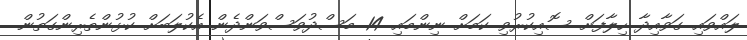
ލައްވައި ގަވާއިދާ ހިލާފަށް ސޮއިކުރުވި ކަމަށް ނިންމައި 14 މަސްދުވަސްވަންދެން އެކުލަބަށް ކުޅުންތެރިންގަތުން